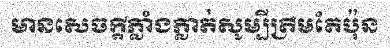
មានសេចក្តីភ្លាំងភ្លាត់សូម្បីត្រឹមតែប៉ុន